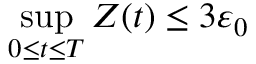
\operatorname* { s u p } _ { 0 \le t \le T } Z ( t ) \le 3 \varepsilon _ { 0 }